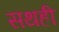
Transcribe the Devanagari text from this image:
सथही